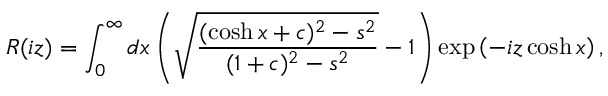
R ( i z ) = \int _ { 0 } ^ { \infty } d x \left( \sqrt { \frac { ( \cosh x + c ) ^ { 2 } - s ^ { 2 } } { ( 1 + c ) ^ { 2 } - s ^ { 2 } } } - 1 \right) \exp \left( - i z \cosh x \right) ,